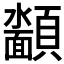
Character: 𮨡